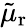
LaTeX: \tilde{\mu}_{\mathrm{r}}